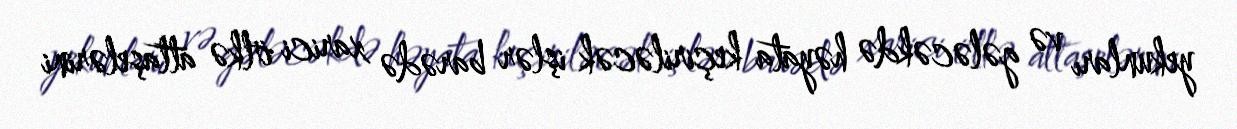
yekunları və gələcəkdə həyata keçiriləcək işlər barədə xarici ölkə attaşelərini